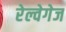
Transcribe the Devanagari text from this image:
रेल्वेगेज